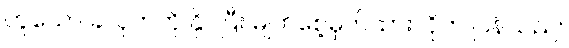
ဟူသော ခလုတ်ကို နှိပ်ပြီး မျက်စေ့မှိတ်ထားလိုက် ပြန်သည်။